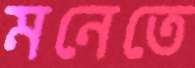
মনেতে